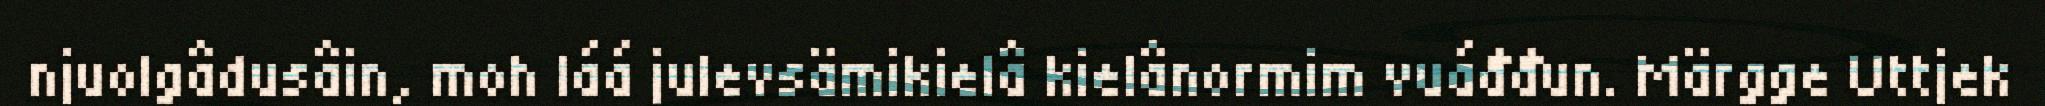
njuolgâdusâin, moh láá julevsämikielâ kielânormim vuáđđun. Märgge Uttjek